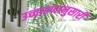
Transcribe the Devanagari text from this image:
उच्चारणानुसारी